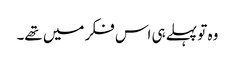
وہ تو پہلے ہی اس فکر میں تھے۔